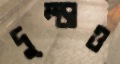
দুম্‌ড়াও